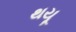
થયૂ